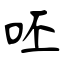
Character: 呸